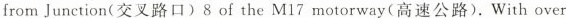
from Junction(交叉路口) 8 of the M17 motorway(高速公路).With over